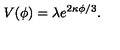
V ( \phi ) = \lambda e ^ { 2 \kappa \phi / 3 } .